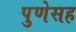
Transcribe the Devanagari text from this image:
पुणेसह